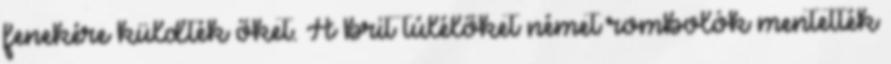
fenekére küldték őket. A brit túlélőket német rombolók mentették